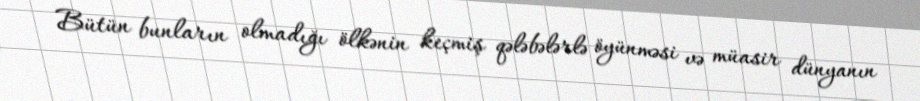
Bütün bunların olmadığı ölkənin keçmiş qələbələrlə öyünməsi və müasir dünyanın